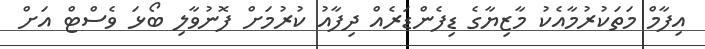
އިފާމް މަތަކުރުމާއެކު މާޒިޔާގެ ޑިފެންޑަރެއް ދިފާއު ކުރުމަށް ފޮނުވާލި ބޯޅަ ވެސްޓް އަށް